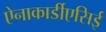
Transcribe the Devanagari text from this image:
ऐनाकार्डीएसिई